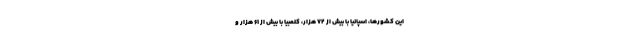
این کشورها، اسپانیا با بیش از ۷۲ هزار، کلمبیا با بیش از ۶۱ هزار و